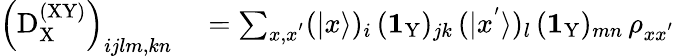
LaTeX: \begin{array}{rl}{\left(\mathrm{D}_{\mathrm X}^{\mathrm{(XY)}}\right)_{ijlm,kn}}&{{}=\sum_{x,x^{'}}(|x\rangle)_{i}\, (\textbf{1}_{\mathrm{Y}})_{jk}\, (|x^{'}\rangle)_{l}\, (\textbf{1}_{\mathrm{Y}})_{mn}\, \rho_{xx^{'}}}\end{array}